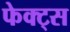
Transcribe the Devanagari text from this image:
फेक्ट्स